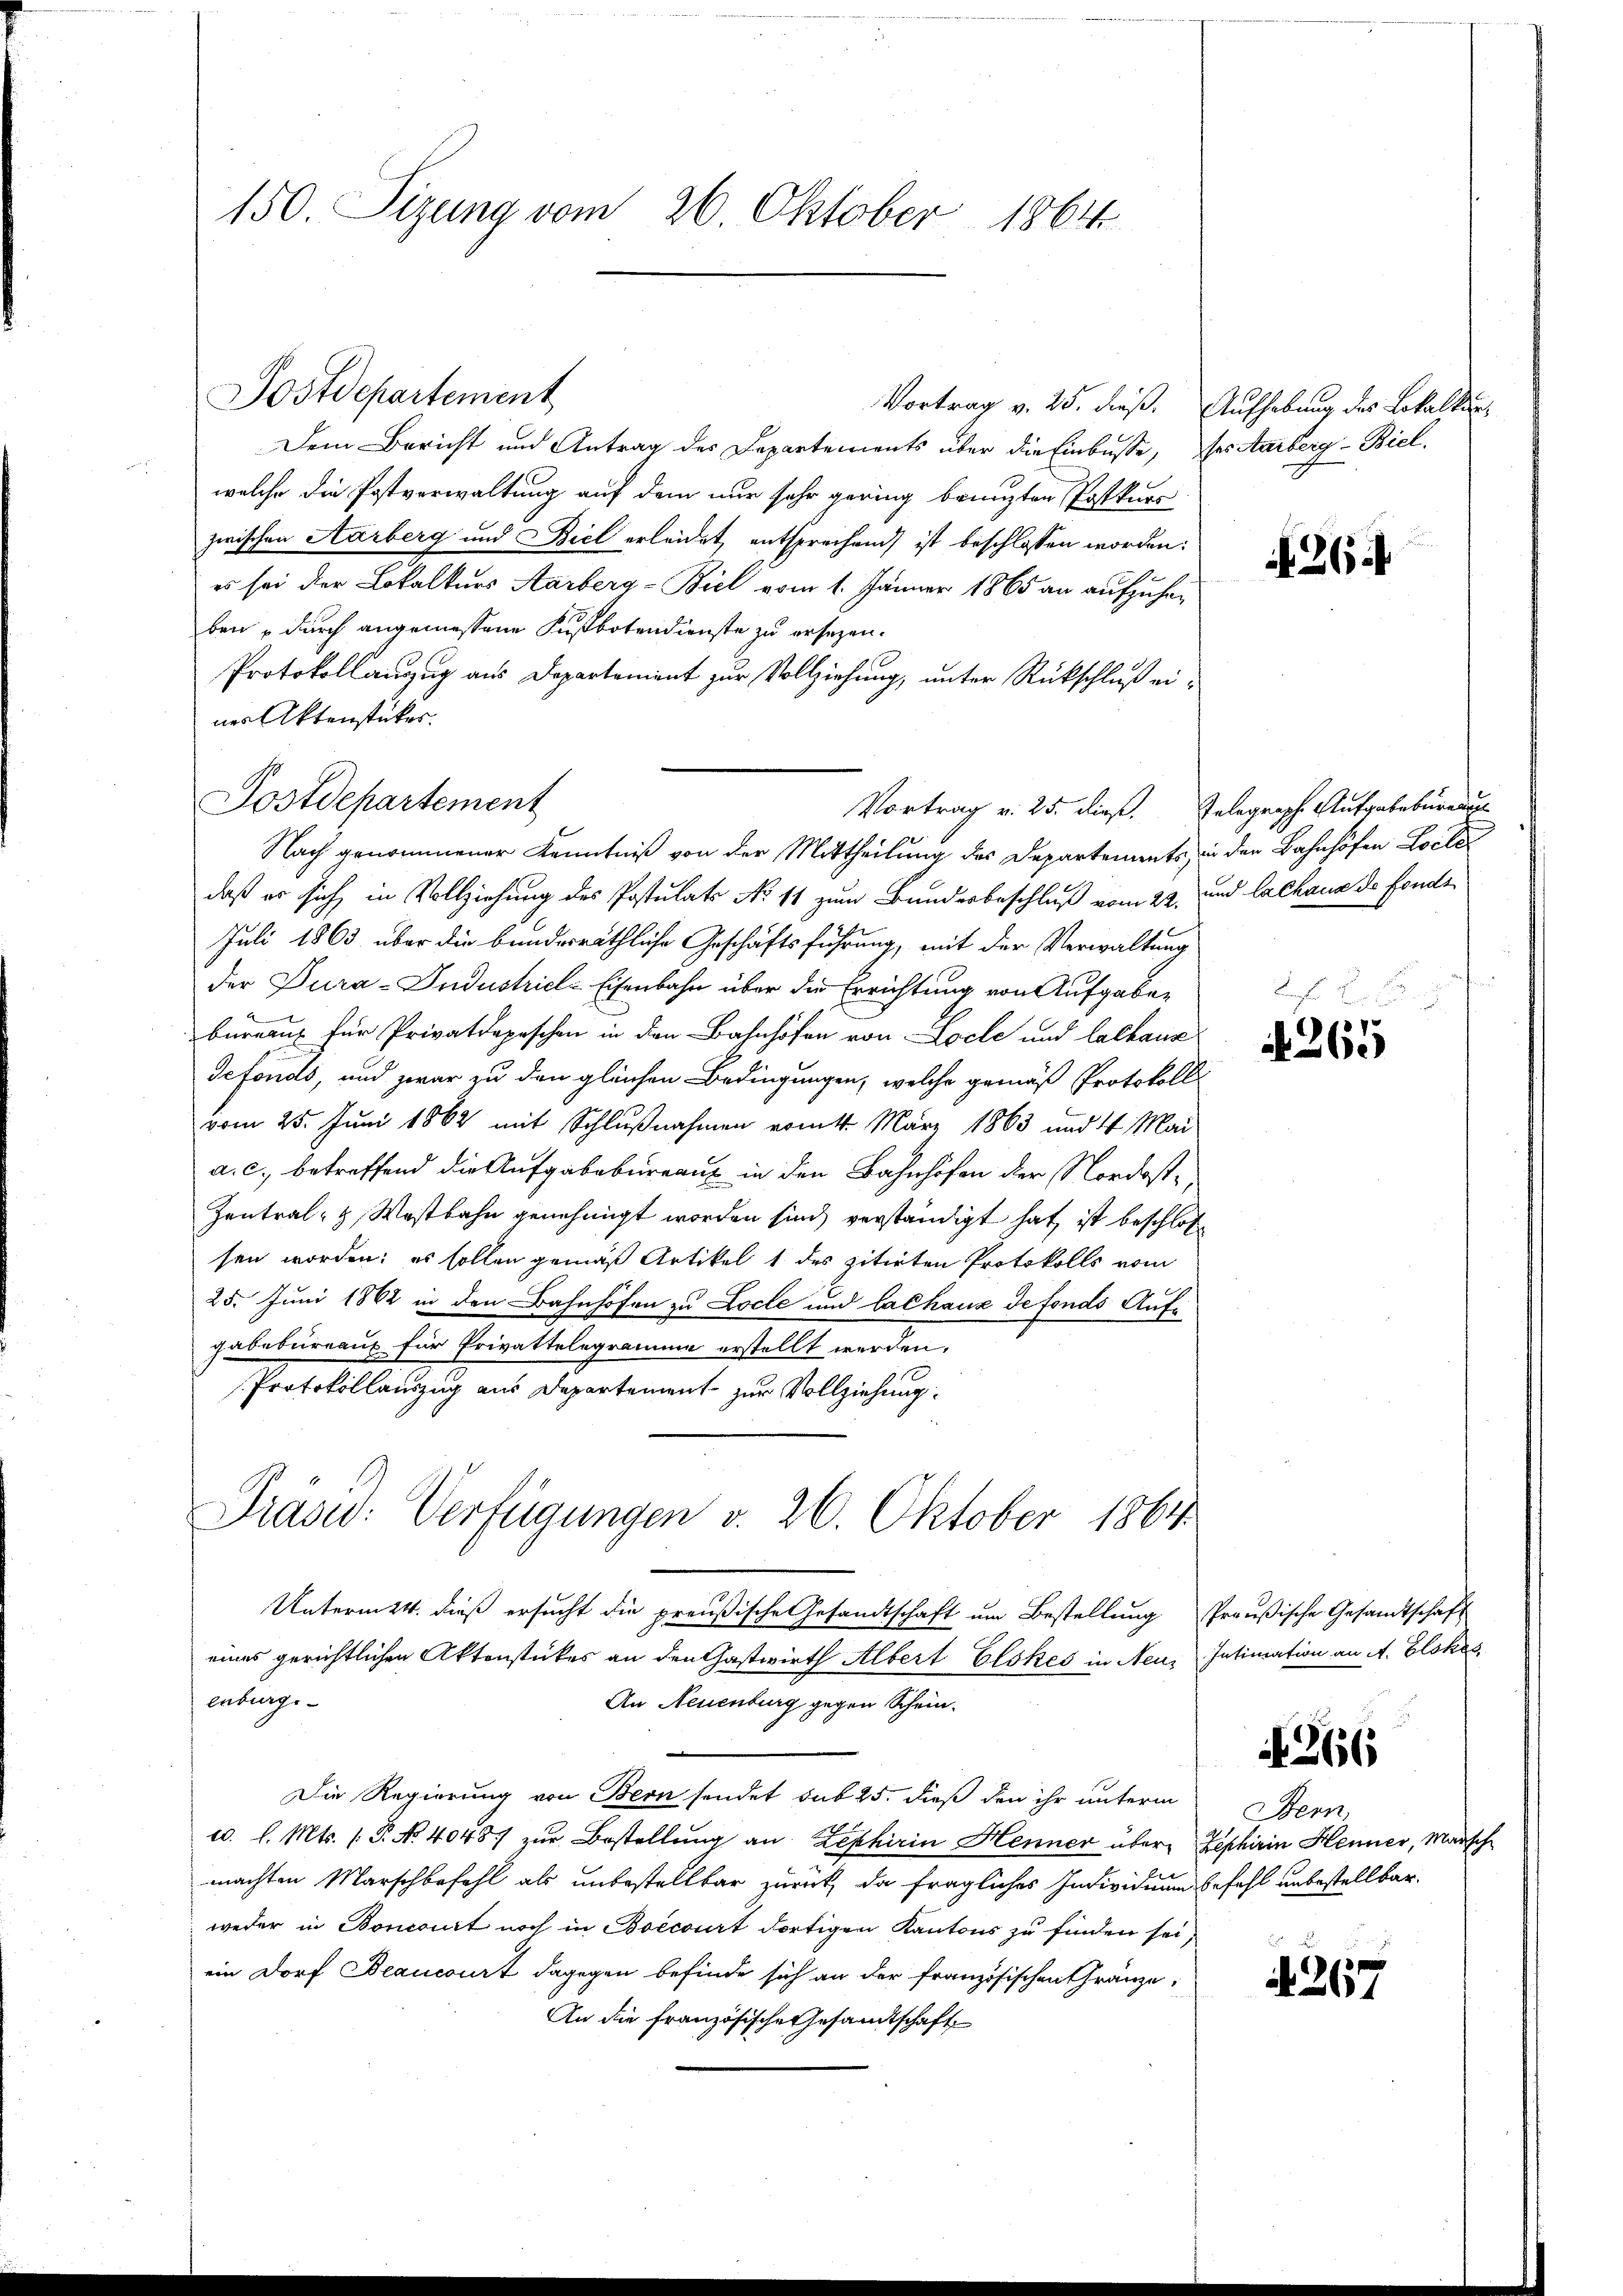
150. Sizung vom 26. Oktober 1864

Postdepartement

Dem Bericht und Antrag des Departements über die Einbusse, ses Aarberg-Biel
welche die Postverwaltung auf dem nur sehr gering bringten Postkurs
zwischen Aarberg und Biel erleidet, entsprechend ist beschlossen worden:
es sei der Lokalkurs Aarberg-Biel vom 1. Jänner 1865 an aufzuheben durch angemessene Fußbotendienste zu ersezen.
Protokollanzug aus Departement zur Vollziehung, unter Rückschluß einer Aktenstücker.
daß er sich in Vollziehung des Postulats No 11 zum Bundesbeschluß vom 22. und lachaus de Fonds¬
Juli 1863 über die bundesräthliche Geschäftsführung, mit der Verwaltung
der Dura-Industricl-Eisenbahn über die Errichtung von Aufgabee
bureaux für Privatdapeschen in den Bahnhöfen von Loche und Calkanz
defonds, und zwar zu den gleichen Bedingungen, welche gemäß Protokoll
vom 25. Juni 1862 mit Schlußnahmen ermitt. März 1863 und 4 Mai
a. c. betreffend die Aufgabebureaux in den Bahnhofen der Nordost¬
Zentral- & Westbahn genehmigt worden sind, verständigt hat, ist beschloß
sen worden; es sollen gemäß Artikel 1 des zitirten Protokolls vom
25. Juni 1862 in den Bahnhofen zu Locle und lachaus de fonds Aufgabebureaus für Privattelegramme erstellt werden.
Protokollauszug aus Departement zur Vollziehung.
Präs: Verfügungen v. 26. Oktober 1864

Postdepartement
Vortrag v. 25. dieß. Telegraph Aufgabebureau
Nach genommener Kenntniß von der Mittheilung des Departements, in den Bahnhöfen Loite

Unterm 24. dieß ersucht die preußische Gesandtschaft um Bestellung Preußische Gesandtschaft

eines gerichtlichen Aktenstückes an den Gastwirth Albert Elskes in Neue Intimation an A. Elokes

enburg.
An Neuenburg gegen Schein-
Die Regierung von Bern sendet sub 25. dieß den ihr unterm
c. l. Mts. (T. No. 40487 zur Bestellung an Zephirin Henner über Zephirin Henner, Marsch
machten Marschbefehl als unbestellbar zurück, da fragliches Individuum befehl unbestellbar.
weder in Bonconit noch in Boecourt dortigen Kantons zu finden sei;
ein Dorf Beancourt dagegen befinde sich an der französischen Gränze,
An die französische Gesandtschaft

Vortrag v. 25. dieß. Aufhebung des Lokalkun¬

A 264

L

N 265

A 266

Bern,
i

A 267